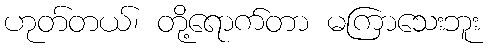
ဟုတ်တယ်၊ တို့ရောက်တာ မကြာသေးဘူး